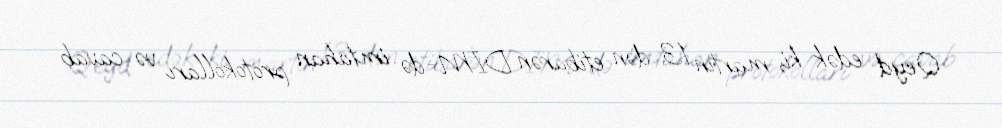
Qeyd edək ki, martın 13-dən etibarən DİM-də imtahan protokolları və cavab